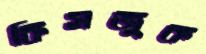
কিসজুক